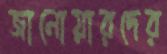
জানোয়ারদের